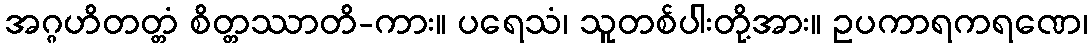
အဂ္ဂဟိတတ္တံ စိတ္တဿာတိ-ကား။ ပရေသံ၊ သူတစ်ပါးတို့အား။ ဥပကာရကရဏေ၊